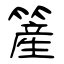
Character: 簅